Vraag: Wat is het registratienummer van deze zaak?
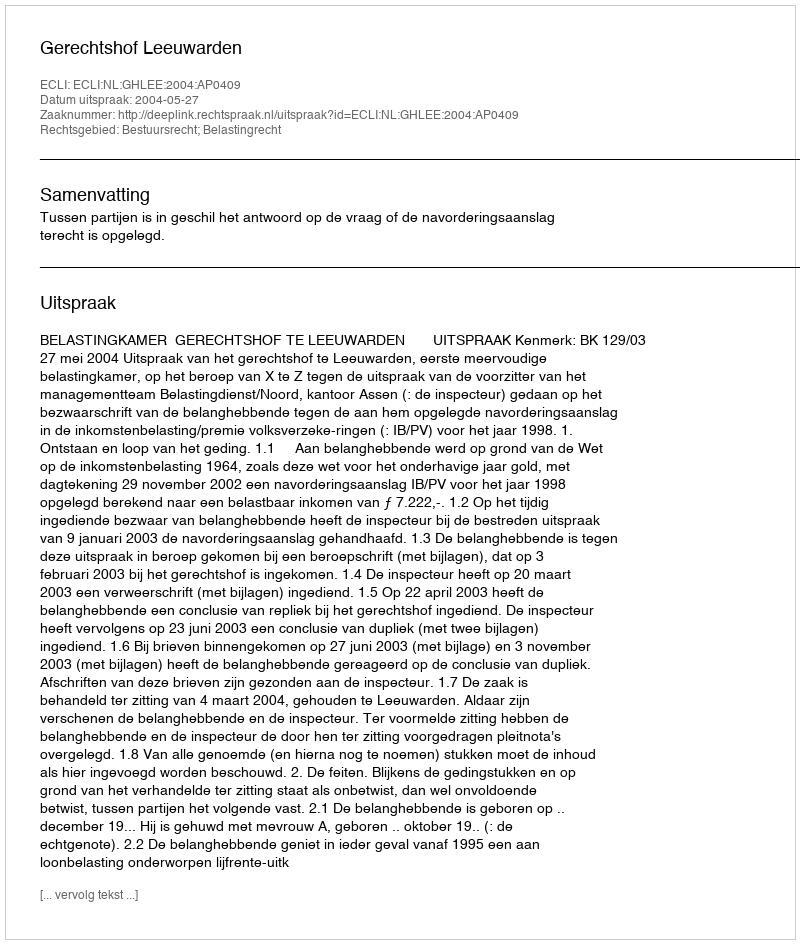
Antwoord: http://deeplink.rechtspraak.nl/uitspraak?id=ECLI:NL:GHLEE:2004:AP0409